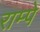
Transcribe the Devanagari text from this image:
राम्पे